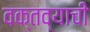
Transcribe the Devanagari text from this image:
वक्तव्याची